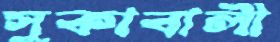
সুকাবালী